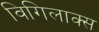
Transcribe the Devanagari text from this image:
विगिलाक्स